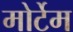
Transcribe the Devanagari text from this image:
मोर्टेम